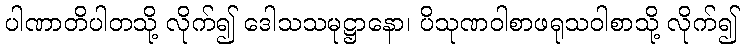
ပါဏာတိပါတသို့ လိုက်၍ ဒေါသသမုဋ္ဌာနော၊ ပိသုဏဝါစာဖရုသဝါစာသို့ လိုက်၍